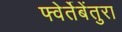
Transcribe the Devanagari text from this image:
फ्वेर्तेबेंतुरा